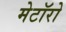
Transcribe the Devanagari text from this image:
मेटॉरो